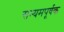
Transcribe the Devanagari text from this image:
सन्यमपूर्वक